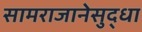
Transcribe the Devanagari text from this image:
सामराजानेसुद्धा